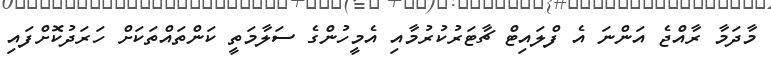
މާދަމާ ރާއްޖެ އަންނަ އެ ފްލައިޓް ޗާޓަރުކުރުމާއި އެމީހުންގެ ސަލާމަތީ ކަންތައްތަކަށް ހަރަދުކޮށްފައި